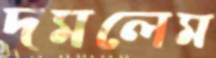
দমলেম